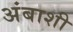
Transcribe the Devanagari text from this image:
अंबाशी